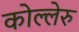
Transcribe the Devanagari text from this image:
कोल्लेरु